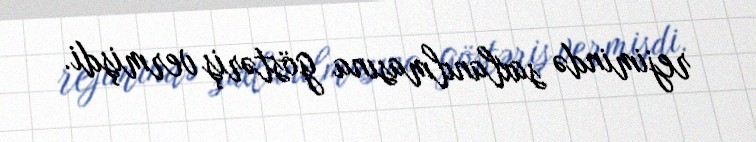
rejimində saxlanılmasına göstəriş vermişdi.